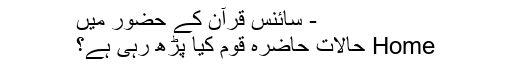
- سائنس قرآن کے حضور میں
Home حالات حاضرہ قوم کیا پڑھ رہی ہے؟